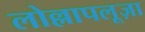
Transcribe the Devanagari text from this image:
लोल्लापलूज़ा